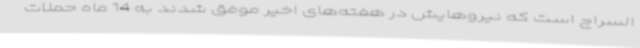
السراج است که نیروهایش در هفته‌های اخیر موفق شدند به 14 ماه حملات